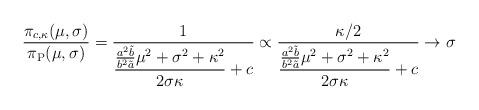
LaTeX: \begin{align*}\frac{\pi_{c,\kappa}(\mu,\sigma)}{\pi_\mathrm{P}(\mu,\sigma)} =\frac{1}{\displaystyle \frac{\frac{a^2\tilde{b}}{b^2\tilde{a}} \mu^2 + \sigma^2 + \kappa^2}{2\sigma \kappa}+c}\propto\frac{\kappa/2}{\displaystyle \frac{\frac{a^2\tilde{b}}{b^2\tilde{a}} \mu^2 + \sigma^2 + \kappa^2}{2\sigma \kappa}+c}\rightarrow\sigma\end{align*}